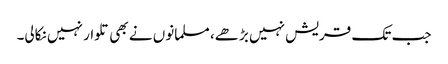
جب تک قریش نہیں بڑھے، مسلمانوں نے بھی تلوار نہیں نکالی۔